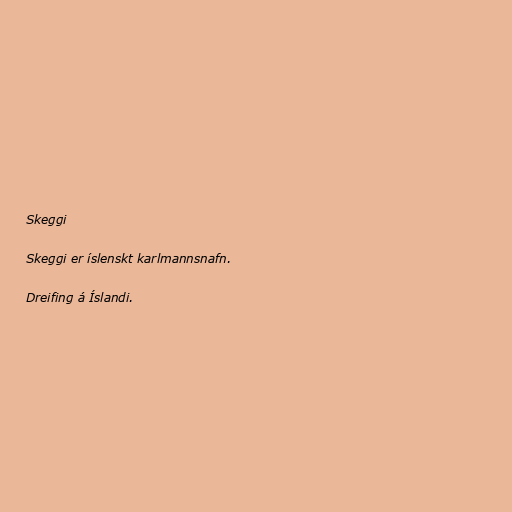
Skeggi

Skeggi er íslenskt karlmannsnafn.

Dreifing á Íslandi.